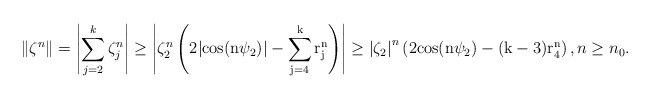
\begin{align*} \Vert \zeta^{n}\Vert = \left\vert \sum_{j=2}^{k} \zeta_{j}^{n}\right\vert \geq \left\vert\zeta_{2}^{n}\left(2 \vert\rm{cos}(n\psi_{2})\vert-\sum_{j=4}^{k} r_{j}^{n}\right)\right\vert\geq \left\vert\zeta_{2}\right\vert^{n}\left(2 \rm{cos}(n\psi_{2})-(k-3)r_{4}^{n}\right), n\geq n_{0}.\end{align*}